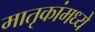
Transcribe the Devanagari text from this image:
मातृकांमध्ये